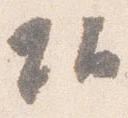
頭